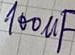
Text: 100µF